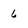
Character: 6